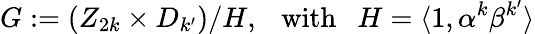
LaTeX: G:=(Z_{2k}\times D_{k^{\prime}})/H,~~~\mathrm{with}~~~H=\langle 1,\alpha^{k}\beta^{k^{\prime}}\rangle